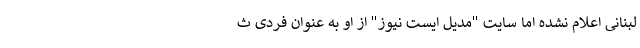
لبنانی اعلام نشده اما سایت "مدیل ایست نیوز" از او به عنوان فردی ث